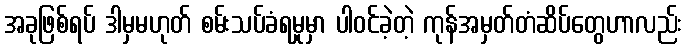
အခုဖြစ်ရပ် ဒါမှမဟုတ် စမ်းသပ်ခံရမှုမှာ ပါဝင်ခဲ့တဲ့ ကုန်အမှတ်တံဆိပ်တွေဟာလည်း